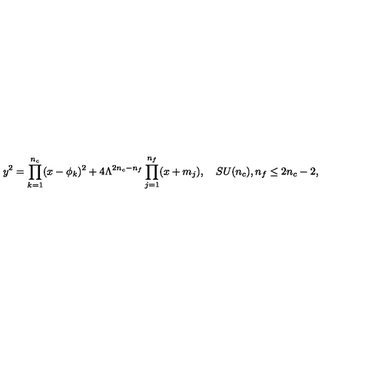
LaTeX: y ^ { 2 } = \prod _ { k = 1 } ^ { n _ { c } } ( x - \phi _ { k } ) ^ { 2 } + 4 \Lambda ^ { 2 n _ { c } - n _ { f } } \prod _ { j = 1 } ^ { n _ { f } } ( x + m _ { j } ) , \quad S U ( n _ { c } ) , n _ { f } \le 2 n _ { c } - 2 ,